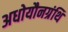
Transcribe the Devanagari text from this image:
अधोयौनग्रंथि